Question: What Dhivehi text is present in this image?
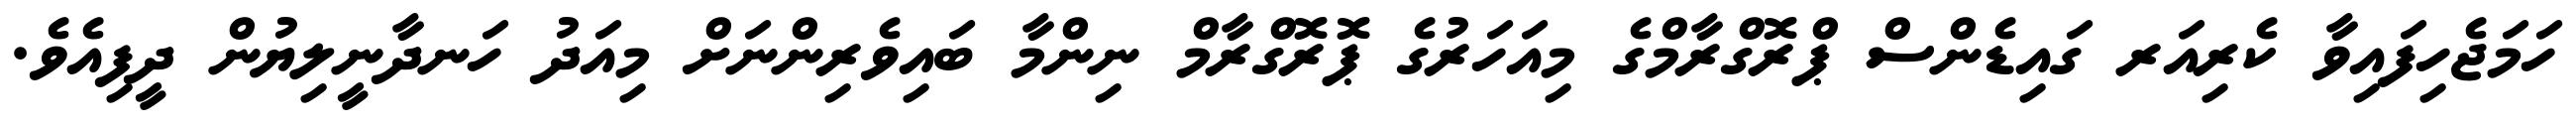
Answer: ހަމަޖެހިފައިވާ ކެރިއަރ ގައިޑެންސް ޕްރޮގްރާމްގެ މިއަހަރުގެ ޕޮރޮގްރާމް ނިންމާ ބައިވެރިންނަށް މިއަދު ހަނދާނީލިޔުން ދީފިއެވެ.